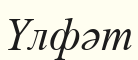
Үлфәт